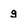
Character: g